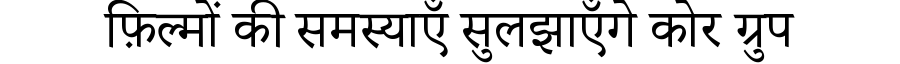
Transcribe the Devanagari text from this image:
फ़िल्मों की समस्याएँ सुलझाएँगे कोर ग्रुप